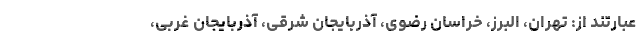
عبارتند از: تهران، البرز، خراسان رضوی، آذربایجان شرقی، آذربایجان غربی،